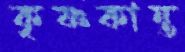
কৃষ্ণকান্ত